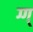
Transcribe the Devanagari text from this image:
ग्ग्